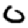
Digit: 0